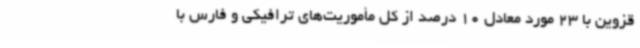
قزوین با 23 مورد معادل 10 درصد از کل مأموریت‌های ترافیکی و فارس با